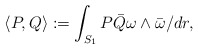
\begin{align*} \langle P, Q \rangle := \int_{S_1} P \bar Q \omega \wedge \bar \omega / dr,\end{align*}